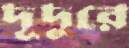
দূদুরে